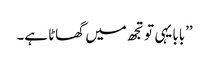
’’بابا یہی تو تجھ میں گھاٹا ہے۔